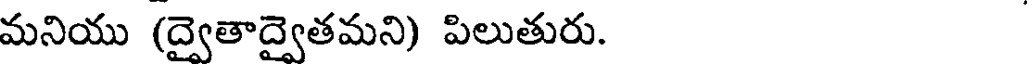
మనియు (ద్వైతాద్వైతమని) పిలుతురు.